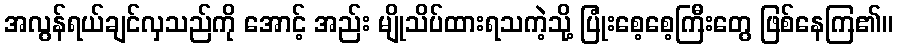
အလွန်ရယ်ချင်လှသည်ကို အောင့် အည်း မျိုသိပ်ထားရသကဲ့သို့ ပြုံးစေ့စေ့ကြီးတွေ ဖြစ်နေကြ၏။